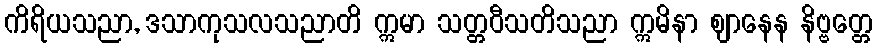
ကိရိယသညာ, ဒသာကုသလသညာတိ ဣမာ သတ္တဝီသတိသညာ ဣမိနာ ဈာနေန နိဗ္ဗတ္တေ